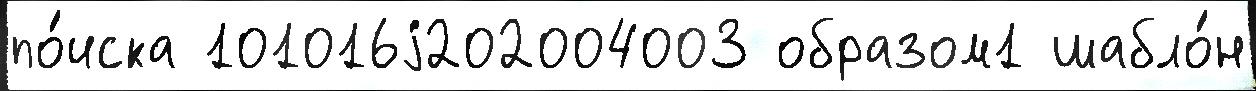
по́иска 101016j202004003 образом1 шабло́н